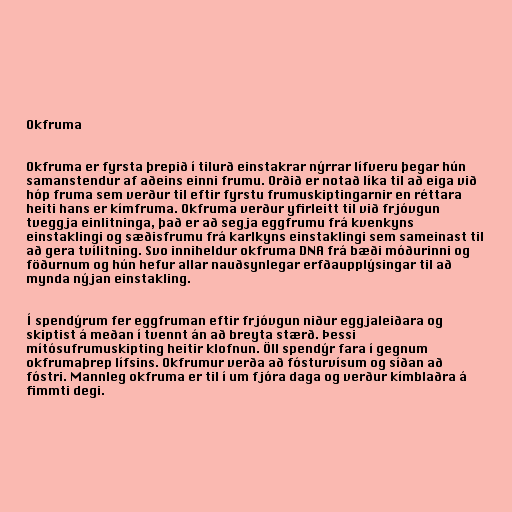
Okfruma

Okfruma er fyrsta þrepið í tilurð einstakrar nýrrar lífveru þegar hún
samanstendur af aðeins einni frumu. Orðið er notað líka til að eiga við
hóp fruma sem verður til eftir fyrstu frumuskiptingarnir en réttara
heiti hans er kímfruma. Okfruma verður yfirleitt til við frjóvgun
tveggja einlitninga, það er að segja eggfrumu frá kvenkyns
einstaklingi og sæðisfrumu frá karlkyns einstaklingi sem sameinast til
að gera tvílitning. Svo inniheldur okfruma DNA frá bæði móðurinni og
föðurnum og hún hefur allar nauðsynlegar erfðaupplýsingar til að
mynda nýjan einstakling.

Í spendýrum fer eggfruman eftir frjóvgun niður eggjaleiðara og
skiptist á meðan í tvennt án að breyta stærð. Þessi
mítósufrumuskipting heitir klofnun. Öll spendýr fara í gegnum
okfrumaþrep lífsins. Okfrumur verða að fósturvísum og síðan að
fóstri. Mannleg okfruma er til í um fjóra daga og verður kímblaðra á
fimmti degi.